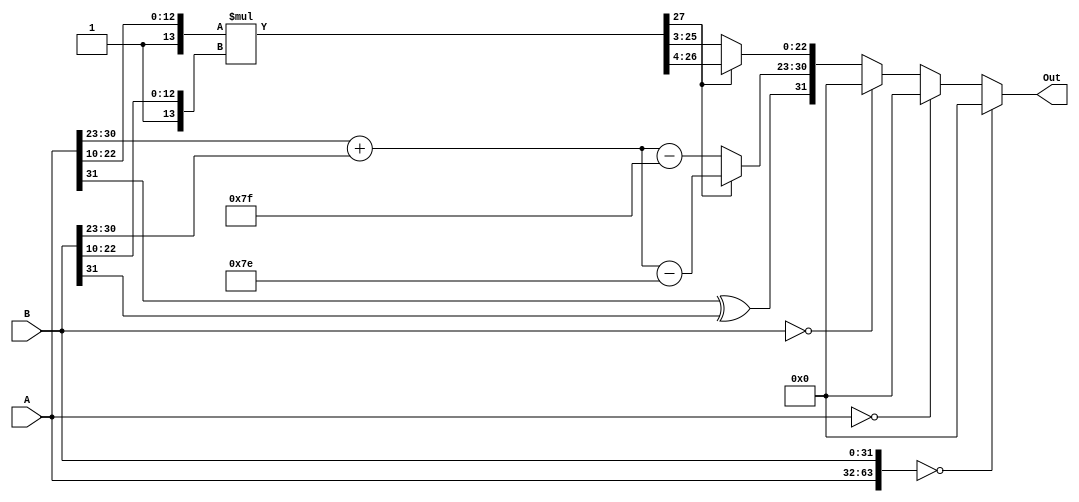
module FP_Multiplier_Single (A,B,Out);
	input [31:0] A;
	input [31:0] B;
	output reg[31:0] Out;


	reg [7:0] exp1,exp2;
	reg [22:0] man1,man2;
	wire [27:0] man_r;
	reg [31:0] answer;


   assign man_r=(({1'b1, man1[22:10]})*({1'b1, man2[22:10]}));

		
	always @ (*) 
	begin
	if (({A,B})==64'd0)
	Out=32'd0;
  else if (A==32'd0)
   Out=32'd0;
   else if (B==32'd0)
   Out=32'd0;
	else
	Out=answer;
	end
	always @ (*) 
	begin
		exp1 = A[30:23];
		exp2 = B[30:23];
		man1 = A[22:0];
		man2 = B[22:0];
		//exponent
		answer[30:23] = (man_r[27])? (({1'b0,exp1} + {1'b0,exp2}) - 9'd126) :  (({1'b0,exp1} + {1'b0,exp2}) - 9'd127); // remove the bias
		//mantissa
		answer[22:0] = (man_r[27])? man_r[26:4] : man_r[25:3] ;
		//sign
		answer[31] = A[31] ^ B[31];
	end
	
endmodule